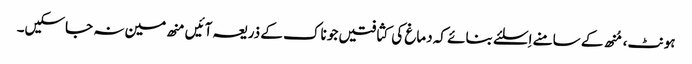
ہونٹ، مُنھ کے سامنے اِسلئے بنائے کہ دماغ کی کثافتیں جو ناک کے ذریعہ آئیں منھ مین نہ جاسکیں۔